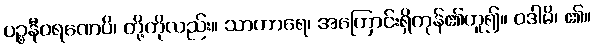
ပဉ္စနီဝရဏေပိ၊ တို့ကိုလည်း။ သာဟာရေ၊ အကြောင်းရှိကုန်၏ဟူ၍။ ဝဒါမိ၊ ၏။